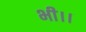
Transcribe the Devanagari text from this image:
भी।।